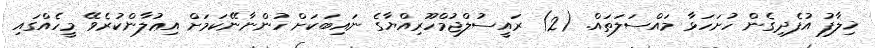
ޚިލާފު އުފެދިގެން ހުށަހަޅާ މައްސަލަތައް. (2) ރައީސުލްޖުމްހޫރިއްޔާގެ ނައިބަކަށް ހުންނާނޭކަމަށް އިޢުލާންކުރެވޭ މީހެއްގައި